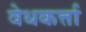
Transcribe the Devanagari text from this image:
वेधकर्त्ता